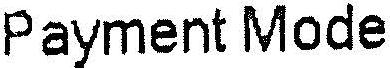
PAYMENT MODE